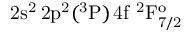
\mathrm { 2 s ^ { 2 } \, 2 p ^ { 2 } ( ^ { 3 } P ) \, 4 f ~ ^ { 2 } F _ { 7 / 2 } ^ { o } }